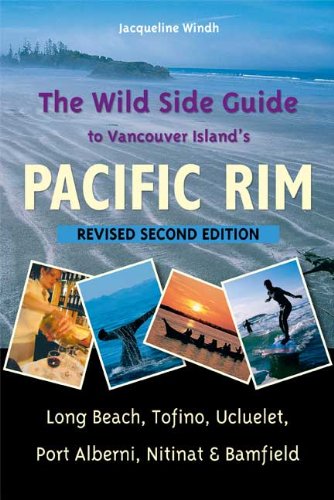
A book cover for The Wild Side Guide to Vancouver Island's Pacific Rim, Revised Second Edition: Long Beach, Tofino, Ucluelet, Port Alberni, Nitinat & Bamfield; Jacqueline Windh; Travel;